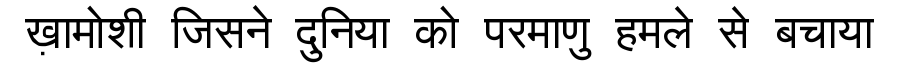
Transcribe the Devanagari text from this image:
ख़ामोशी जिसने दुनिया को परमाणु हमले से बचाया